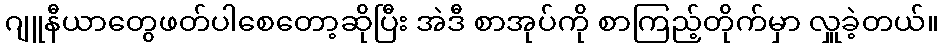
ဂျူနီယာတွေဖတ်ပါစေတော့ဆိုပြီး အဲဒီ စာအုပ်ကို စာကြည့်တိုက်မှာ လှူခဲ့တယ်။